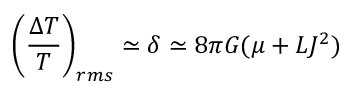
\left( \frac { \Delta T } { T } \right) _ { r m s } \simeq \delta \simeq 8 \pi G ( \mu + L J ^ { 2 } )